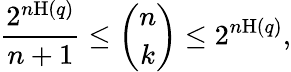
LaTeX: {\frac{2^{n\mathrm{H}(q)}}{n+1}}\leq{\binom{n}{k}}\leq 2^{n\mathrm{H}(q)},